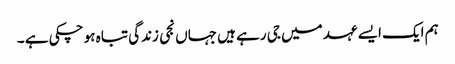
ہم ایک ایسے عہد میں جی رہے ہیں جہاں نجی زندگی تباہ ہو چکی ہے ۔